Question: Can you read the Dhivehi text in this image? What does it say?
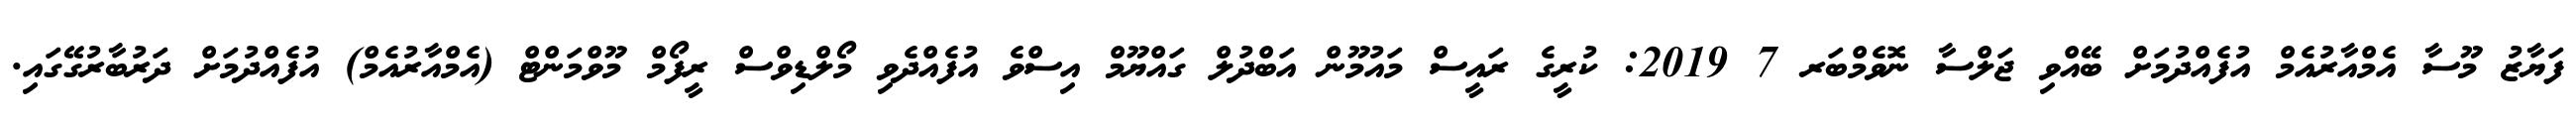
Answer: ފަޔާޒު މޫސާ އެމްއާރުއެމް އުފެއްދުމަށް ބޭއްވި ޖަލްސާ ނޮވެމްބަރ 7 2019: ކުރީގެ ރައީސް މައުމޫން އަބްދުލް ގައްޔޫމް އިސްވެ އުފެއްދެވި މޯލްޑިވްސް ރީފޯމް މޫވްމަންޓް (އެމްއާރުއެމް) އުފެއްދުމަށް ދަރުބާރުގޭގައި.